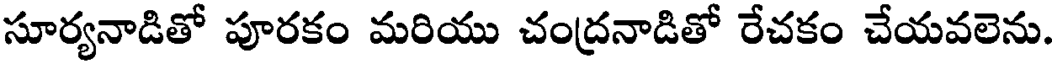
సూర్యనాడితో పూరకం మరియు చంద్రనాడితో రేచకం చేయవలెను.